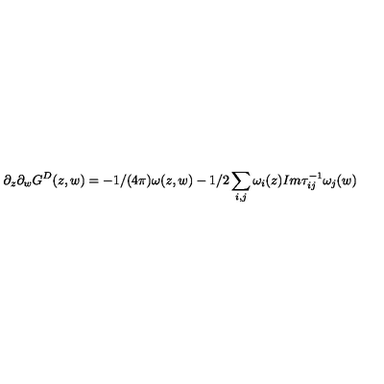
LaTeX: \partial _ { z } \partial _ { w } G ^ { D } ( z , w ) = - 1 / ( 4 \pi ) \omega ( z , w ) - 1 / 2 \sum _ { i , j } \omega _ { i } ( z ) I m \tau _ { i j } ^ { - 1 } \omega _ { j } ( w )